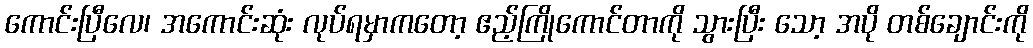
ကောင်းပြီလေ၊ အကောင်းဆုံး လုပ်ရမှာကတော့ ဧည့်ကြိုကောင်တာကို သွားပြီး သော့ အပို တစ်ချောင်းကို